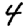
Digit: 4